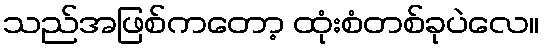
သည်အဖြစ်ကတော့ ထုံးစံတစ်ခုပဲလေ။